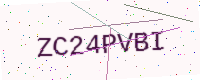
Text: ZC24PVBI